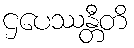
ဌပေဿန္တီတိ